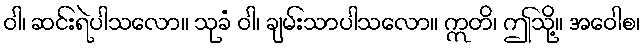
ဝါ၊ ဆင်းရဲပါသလော။ သုခံ ဝါ၊ ချမ်းသာပါသလော။ ဣတိ၊ ဤသို့။ အဝေါစ၊